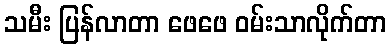
သမီး ပြန်လာတာ ဖေဖေ ဝမ်းသာလိုက်တာ